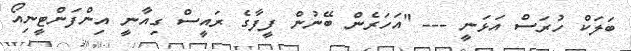
ބަލަކް ހުރަސް އަޅަނީ --- "އަހަރެން ބޭނުން ފީފާގެ ރައީސް ގިއާނީ އިންފަންޓީނިއޯ